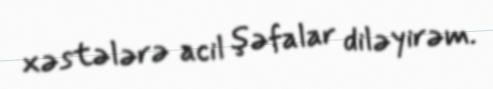
xəstələrə acil şəfalar diləyirəm.